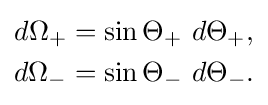
{\begin{aligned}d\Omega _{+}&=\sin \Theta _{+}\ d\Theta _{+},\\d\Omega _{-}&=\sin \Theta _{-}\ d\Theta _{-}.\end{aligned}}